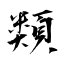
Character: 類